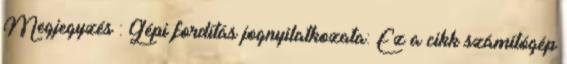
Megjegyzés : Gépi fordítás jognyilatkozata: Ez a cikk számítógép